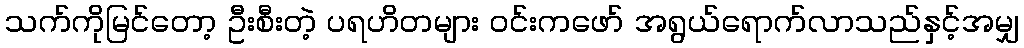
သက်ကိုမြင်တော့ ဦးစီးတဲ့ ပရဟိတများ ဝင်းကဖော် အရွယ်ရောက်လာသည်နှင့်အမျှ